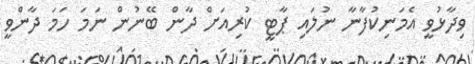
ވިދާޅުވީ އެމަނިކުފާނާ ނުލައި ޕާޓީ ކުރިއަށް ދާން ބޭނުން ނަމަ ހަމަ ދާންވީ